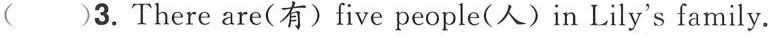
( )3.There are(有) five people(人) in Lily's family.